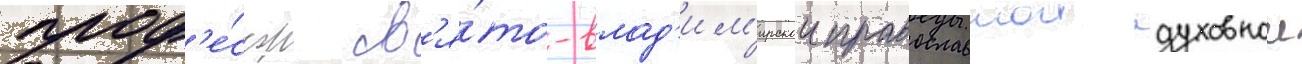
проф'е́ссор св'я́то-влад'им'ирскои православнои духовнои